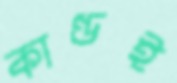
কাণ্ডই